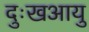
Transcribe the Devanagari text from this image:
दुःखआयु